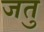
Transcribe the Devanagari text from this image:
जतु